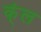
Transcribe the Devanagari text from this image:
क्ंल